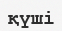
қүші